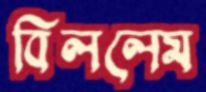
বিললেম